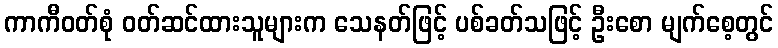
ကာကီဝတ်စုံ ဝတ်ဆင်ထားသူများက သေနတ်ဖြင့် ပစ်ခတ်သဖြင့် ဦးစော မျက်စေ့တွင်